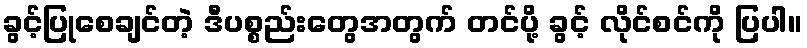
ခွင့်ပြုစေချင်တဲ့ ဒီပစ္စည်းတွေအတွက် တင်ပို့ ခွင့် လိုင်စင်ကို ပြပါ။